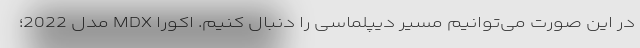
در این صورت می‌توانیم مسیر دیپلماسی را دنبال کنیم. اکورا MDX مدل 2022؛